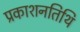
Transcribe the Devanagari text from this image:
प्रकाशनतिथि